Vaccination in Bombay 1913-1923 - 1913-1923
Year: 1913
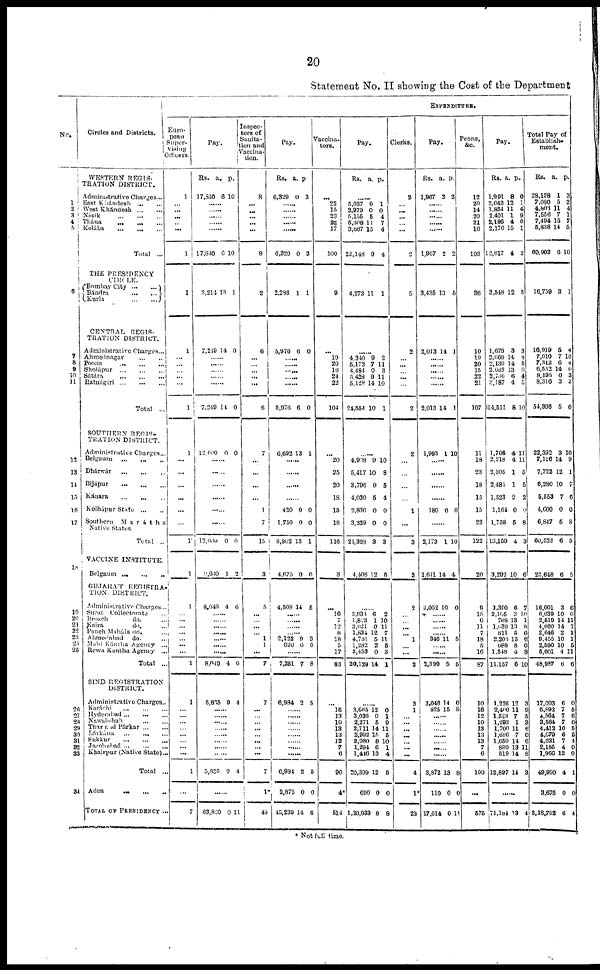
20
Statement No. II showing the Cost of the Department
No.
1
2
3
4
5
6
7
8
9
10
11
12
13
14
15
16
17
18
19
20
21
22 23
21
25
20
27
28
29
30
31
32
33
34
Circles and Districts.
WESTERN REGIS-
TRATION DISTRICT.
Administrative Charges...
East Khándesh
...
...
West Khándesh
...
...
Násik ... ... ...
Thána ... ... ...
Kolába
...
...
...
Total ...
THE PRESIDENCY
CIRCLE.
Bombay City ... ...
Bándra
...
...
Kurla
...
...
CENTRAL REGIS-
TRATION DISTRICT.
Administrative Charges...
Ahmednagar
...
...
Poona
...
...
...
Sholápur
...
...
...
Satára
...
...
...
Ratnágiri
...
...
...
Total ...
SOUTHERN REGIS¬
TRATION DISTRICT.
Administrative Charges...
Belgaum
...
...
...
Dhánwár
...
...
...
Bijápur
...
...
...
Kánara
...
...
...
Kolhápur States ... ...
Southern
Marátha
Native States.
Total ...
VACCINE INSTITUTE.
Belgaum
...
...
...
GUJARAT REGISTRA-
TION DISTRICT.
Administrative Charges...
Surat Collectorate ...
Broach
do. ...
Kaira
do. ...
Punch Maháls do. ...
Ahmedabad
do. ...
Mahi Kántha Agency ...
Rewa Kántha Agency ...
Total ...
SIND REGISTRATION
DISTRICT.
Administrative Charges..
Karáchi
...
...
...
Hyderabad ... ... ...
Nawabshah
...
...
Thar and Párkar
...
...
Lárkána
...
...
...
Sukkur ... ... ...
Jacobabad
...
...
...
Khairpur (Native State)...
Total ...
Aden
...
...
...
TOTAL OF PRESEDENCY ...
EXPENDITURE.
Euro-
pean
Super¬
vising
Officers.
1
...
...
...
...
...
1
1
...
...
...
...
...
1
1
...
...
...
...
...
...
1
1
1
...
...
...
... ...
...
...
1
1
...
...
...
... ...
...
... ...
1
...
7
Pay.
Rs.
17,310
a.
6
p.
10
......
......
......
......
......
17,840 6 10
3,211 13 1
7,219 14 0
......
7,249 11 0
12 000 0 0
......
l2,000 0 0
9,630 1 2
8,040 4 6
......
......
8,049 4 6
5,835 9 4
.....
5,835 9 4
63,820 0 11
Inspec-
tors of
Sanita¬
tion and
Vaccina-
tion.
8
...
... ...
...
...
8
2
6
... ...
... ...
...
6
7
...
...
...
...
1
7
15
3
5
...
...
...
...
1
1
...
7
7
...
...
... ...
... ...
...
...
7
1*
49
Pay.
Rs.
6,329
a.
0
p.
3
......
......
...... ......
......
6,320 0 3
2,286 11 1
5,976 6 0
......
......
......
......
......
6,076 6 0
6,692 13 1
......
......
......
420
1,750
8,362
0
0
13
0
0
1
4,675 0 0
4,508 14 5
......
......
......
...... 2,122
620
9
0
3
0
......
7,251 7 8
6,084 2 5
......
......
......
......
......
......
...... ......
6,081
2,875
45,239
2
0
14
5
0
6
Vaccina¬
tors.
...
22
15
23
22
17
100
9
...
19
20
16
24
22
104
...
20
25
20
18
15
18
116
8
...
16
7
12
8
18
5
17
83
...
16
13
10
13
13
12
7
6
90
4*
514
Pay.
Rs.
a. p.
......
5,037
2,979
5,155
5,308
3,667
22,143
9 0
5
11 15
9
1
0
4
7
4
4
4,273 11 1
......
4,340
5,172
4,484
5,423
5,128
24,554
9
7
0
9
14
10
2
11
3
11
10
1
......
4,908
5,417
3,706
4,030
2,836
3,339
24,328
9
10
9
5
0
0
3
10
8
5
4
0
0
3
4,408 12 5
......
3,934
1,823
3,021
1,834
4,781
1,282
3,453
20,129
6
1
0
12
5
2
0
14
2
10
11
7 11
5
3
1
......
3,665
3,036
2,271
2,711
2,992
2,980
1,294
1,446
20,399
690
1,20,933
12
0
5
14
15
8
6
13
12
0
8
0
1
9
11
5
10
1
4
5
0
8
Clerks.
2
...
...
...
... ...
2
5
2
...
...
...
...
...
2
2
...
...
...
...
1
...
3
3
2
...
... ...
... 1
...
...
3
3
1
...
... ...
...
...
... ...
4
1*
23
Pay.
Rs.
1,967
a.
2
p.
2
......
......
......
......
......
1,067 2 2
3,435 13 5
2,013 14 1
......
......
......
......
......
2,013 14 1
1,903 1 10
......
......
......
......
180 0 0
......
2,173 1 10
1,641 14 4
2,052 10 0
......
......
......
...... 346 11 5
......
......
2,399 5 5
3,046
825
14
15
0
8
......
......
......
......
......
......
......
3,872
110
17,614
13
0
0
8
0
11
Peons,
&c.
12
20
14
20
21
16
103
36
10
19
20
15
22
21
107
11
18
23
18
15
15
22
122
20
9
15
6
11
... 18
5
16
87
10
16
12
10
13
13
13
7
6
100
...
575
Pay.
Rs.
1,991
2,042
1,824
2,401
2,186
2,170
2,617
a.
8
12
11
1
4
15
4
p.
0
1
4
9
0
1
3
3,548 12 5
1,670
2,669
2,139
2,068
2,766
3,187
14,511
3
14
14
13
6
4
8
3
8
5
9
4
5
10
1,706
2,218
2,305
2,481
1,523
1,164
1,758
13,159
4
4
1
1
2
0
5
4
11
11
5
5
2
9
8
3
3,292 10 6
1,390
2,105
768
1,639
811
2,204
688
1,548
11,157
6
3
13
13
5
15
8
4
6
7
10
1
8
6 6
0
8
10
1,226
2,400
1,528
1,293
1,700
1,686
1,650
890
519
12,897
12
11
7
1
11
7
14
13
14
14
3
9
5
3 6
0 6
11
8
3
......
71,184 13 4
Total Pay of
Establish-
ment.
Rs.
28,128
7,080
4,803
7,556
7,494
5,838
60,902
a.
1
5
11
7
15
14
6
p.
3
2
4
1
7
5
10
16,759 3 1
16,919
7,010
7,312
6,552
8,195
8,316
54,306
5
7
6
14
0
3
5
4
10
4
6
3
3
0
22,392
7,126
7,722
6,280
5,553
4,600
6,847
60,523
3
14
12
10
7
0
6
6
10
9
1
7
6
0
8
5
23,648 6 5
16,001
6,039
2,519
4,660
2,646
9,455
2,590
5,001
48,987
3
10
14
14
2 10
10
4
6
6
0
11
7
1
1
5
11
6
17,093
6,892
4,564
3,564
4,412
4,679
4,631
2,185
1,966
49,990
3,675
3,18,792
6
7
7
7
10
6
7
4
12
4
0
6
0
5
6
0
5
5
4
0
0
1
0
4
* Not full time.